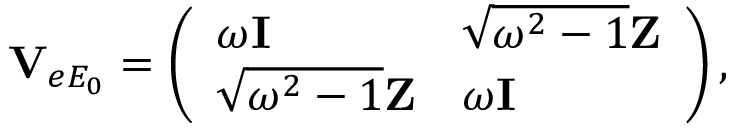
\mathbf { V } _ { e E _ { 0 } } = \left( \begin{array} { l l } { \omega \mathbf { I } } & { \sqrt { \omega ^ { 2 } - 1 } \mathbf { Z } } \\ { \sqrt { \omega ^ { 2 } - 1 } \mathbf { Z } } & { \omega \mathbf { I } } \end{array} \right) ,